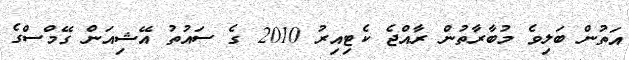
އަތުން ބަލިވެ މުބާރާތުން ރާއްޖެ ކެޓިއިރު 2010 ގެ ސައުތު އޭޝިއަން ގޭމްސްގެ